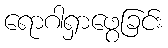
ရောဂါရှာဖွေခြင်း